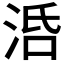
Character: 𣴠